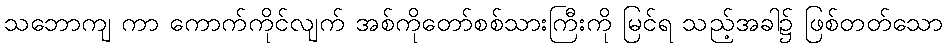
သဘောကျ ကာ ကောက်ကိုင်လျက် အစ်ကိုတော်စစ်သားကြီးကို မြင်ရ သည့်အခါ၌ ဖြစ်တတ်သော